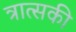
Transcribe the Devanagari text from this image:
त्रात्सकी